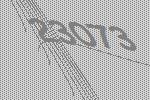
23073